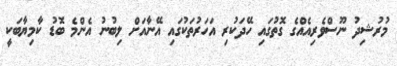
މުރުޝިދު ނޫސްވެރިއެއްގެ ގޮތުގައި ހޭދަކުރި އަހަރުތަކުގައި އޭނާއަށް ލިބުނު އެންމެ ބޮޑު ކާމިޔާބަކީ